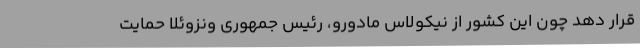
قرار دهد چون این کشور از نیکولاس مادورو، رئیس جمهوری ونزوئلا حمایت